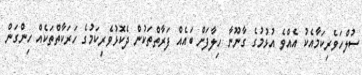
ސުލްހަވެރިކަމާއެކު އެއްވެ އުޅުމުގެ ގާނޫނާ ހިލާފަށް ބައެއް ފަރާތްތަކުން ދެކޮޅުވެރިކަމުގެ ހަރަކާތްތަކެއް ހިންގަން